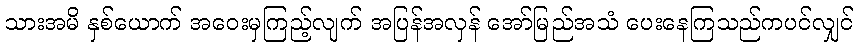
သားအမိ နှစ်ယောက် အဝေးမှကြည့်လျက် အပြန်အလှန် အော်မြည်အသံ ပေးနေကြသည်ကပင်လျှင်